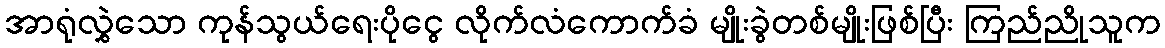
အာရုံလွှဲသော ကုန်သွယ်ရေးပိုငွေ လိုက်လံကောက်ခံ မျိုးခွဲတစ်မျိုးဖြစ်ပြီး ကြည်ညိုသူက